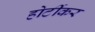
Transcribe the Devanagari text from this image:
होर्टीकर